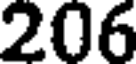
206